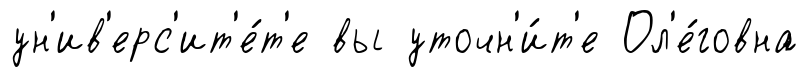
ун'ив'ерс'ит'е́т'е вы уточн'и́т'е Ол'е́говна